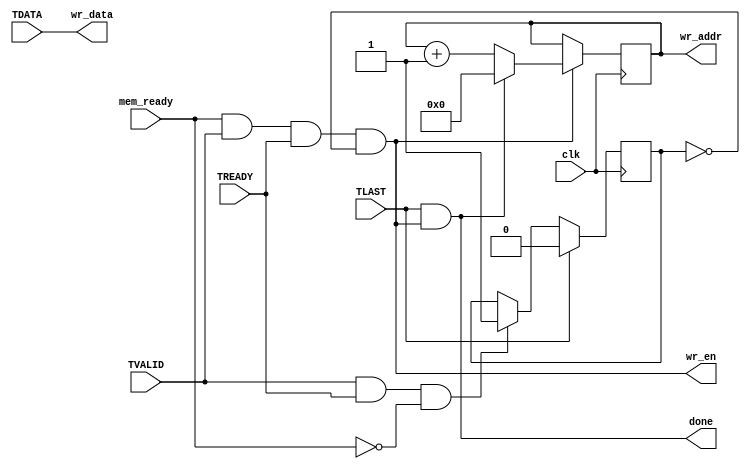
`timescale 1ns / 1ps
/*
axistream_snooper.v

A simple snooper for AXI Stream wires. 
*/


module axistream_snooper # (parameter
	DATA_WIDTH = 64,
	ADDR_WIDTH = 9,
	PESSIMISTIC = 0
)(
	input wire clk,
	
	//AXI Stream interface
	input wire [DATA_WIDTH-1:0] TDATA,
	input wire TVALID,
	input wire TREADY, //Yes, this is an input. Remember that we're snooping!
	input wire TLAST,
	
	//Interface to packet mem
	output wire [ADDR_WIDTH-1:0] wr_addr,
	output wire [DATA_WIDTH-1:0] wr_data,
	input wire mem_ready,
	output wire wr_en,
	output wire done
);

wire mem_ready_internal;
////////////////////////////////////////
////////// PESSIMISTIC MODE ////////////
////////////////////////////////////////
generate
if (PESSIMISTIC) begin
	//Delay mem_ready by one cycle, in order to improve timing
	//And also force this to zero right after snooper_done (since it
	//has to "refill"
	reg mem_ready_r = 0;
	always @(posedge clk) mem_ready_r <= mem_ready && !done;
	assign mem_ready_internal = mem_ready_r;
end
///////////////////////////////////////
////////// OPTIMISTIC MODE ////////////
///////////////////////////////////////
else begin
	assign mem_ready_internal = mem_ready;
end
endgenerate
///////////////////////////////////////

//We should make this wait for a packet to start, right?
//As in, wait for TLAST, and only then start copying

//To be even more specific: the problem occurs when TREADY and TVALID are 1
//(meaning new data went through the bus) but mem_ready was low

reg need_to_wait = 0;
wire next_need_to_wait;
assign next_need_to_wait = TLAST ? 0 : ((TVALID && TREADY && !mem_ready_internal) ? 1 : need_to_wait);
always @(posedge clk) need_to_wait <= next_need_to_wait;

assign wr_data = TDATA; //TODO: make this work for arbitrary widths

reg [ADDR_WIDTH-1:0] addr = 0;
wire [ADDR_WIDTH-1:0] next_addr;

assign wr_en = (mem_ready_internal && TVALID && TREADY && !need_to_wait);

//make done = 1 on our last write
assign done = TLAST && wr_en;

assign next_addr = wr_en ? (done ? 0 : addr + 1) : addr;

always @(posedge clk) begin
	addr <= next_addr;
end

assign wr_addr = addr;

endmodule